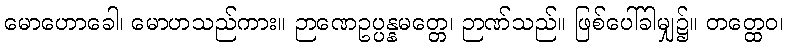
မောဟောခေါ၊ မောဟသည်ကား။ ဉာဏေဥပ္ပန္နမတ္တေ၊ ဉာဏ်သည်။ ဖြစ်ပေါ်ခါမျှ၌။ တတ္ထေဝ၊